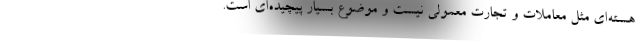
هسته‌ای مثل معاملات و تجارت معمولی نیست و موضوع بسیار پیچیده‌ای است.